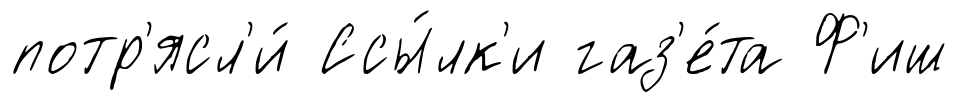
потр'ясл'и́ Ссы́лк'и газ'е́та Ф'иш